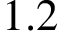
1 . 2